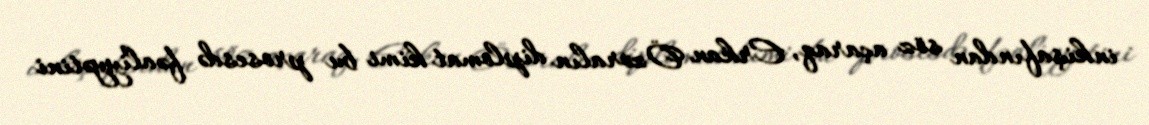
inkişafından söz açaraq, Erkan Özoralın diplomat kimi bu prosesdə fəaliyyətini